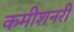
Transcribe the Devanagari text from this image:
कमीशनरी